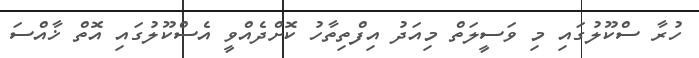
ހުރާ ސްކޫލުގައި މި ވަސީލަތް މިއަދު އިފްތިތާހު ކޮށްދެއްވީ އެސްކޫލުގައި އޮތް ޚާއްސަ